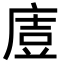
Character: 𭙤